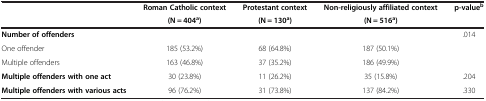
<table><thead><tr><td><b> </b></td><td><b>Roman Catholic context</b></td><td><b>Protestant context</b></td><td><b>Non-religiously affiliated context</b></td><td><b>p-value<sup>b</sup></b></td></tr><tr><td><b> </b></td><td><b>(N = 404<sup>a</sup>)</b></td><td><b>(N = 130<sup>a</sup>)</b></td><td><b>(N = 516<sup>a</sup>)</b></td><td><b> </b></td></tr></thead><tbody><tr><td><b>Number of offenders</b></td><td> </td><td> </td><td> </td><td>.014</td></tr><tr><td>One offender</td><td>185 (53.2%)</td><td>68 (64.8%)</td><td>187 (50.1%)</td><td> </td></tr><tr><td>Multiple offenders</td><td>163 (46.8%)</td><td>37 (35.2%)</td><td>186 (49.9%)</td><td> </td></tr><tr><td><b>Multiple offenders with one act</b></td><td>30 (23.8%)</td><td>11 (26.2%)</td><td>35 (15.8%)</td><td>.204</td></tr><tr><td><b>Multiple offenders with various acts</b></td><td>96 (76.2%)</td><td>31 (73.8%)</td><td>137 (84.2%)</td><td>.330</td></tr></tbody></table>